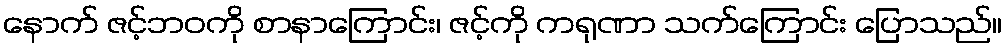
နောက် ဇင့်ဘဝကို စာနာကြောင်း၊ ဇင့်ကို ကရုဏာ သက်ကြောင်း ပြောသည်။